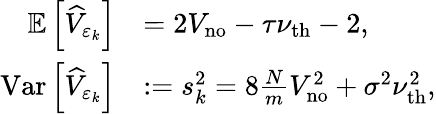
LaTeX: \begin{array}{rl}{\mathbb{E}\left[\widehat{V}_{\varepsilon_{k}}\right]}&{=2V_{\mathrm{no}}-\tau\nu_{\mathrm{th}}-2,}\\ {\mathrm{Var}\left[\widehat{V}_{\varepsilon_{k}}\right]}&{:=s_{k}^{2}=8\frac{N}{m}V_{\mathrm{no}}^{2}+\sigma^{2}\nu_{\mathrm{th}}^{2},}\end{array}